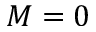
M = 0